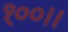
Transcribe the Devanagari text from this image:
१००।।